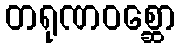
တရုဏဝစ္ဆော